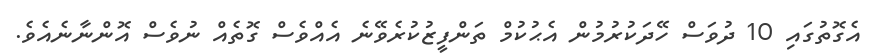
އެގޮތުގައި 10 ދުވަސް ހޭދަކުރުމުން އެޙުކުމް ތަންފީޒުކުރެވޭނެ އެއްވެސް ގޮތެއް ނުވެސް އޮންނާނެއެވެ.